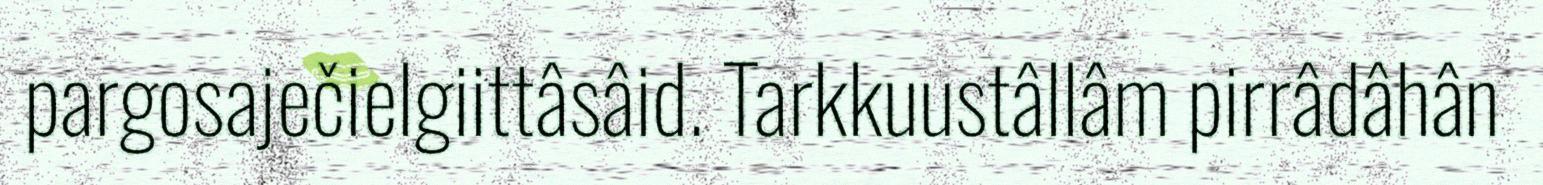
pargosaječielgiittâsâid. Tarkkuustâllâm pirrâdâhân